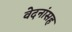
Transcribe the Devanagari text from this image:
वेदनांसह